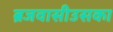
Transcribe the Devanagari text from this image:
ब्रजवासीउसका